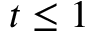
t \leq 1